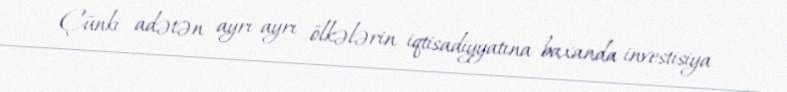
Çünki adətən ayrı-ayrı ölkələrin iqtisadiyyatına baxanda investisiya